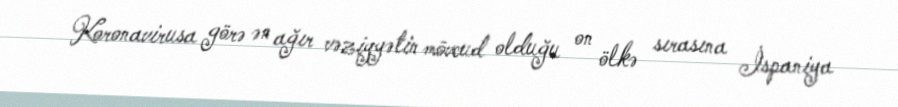
Koronavirusa görə ən ağır vəziyyətin mövcud olduğu on ölkə sırasına İspaniya